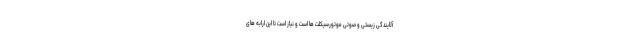
آلایندگی زیستی و صوتی موتورسیکلت ها است و نیاز است تا این ارابه های